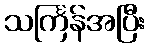
သင်္ကြန်အပြီး